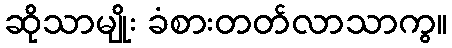
ဆိုသာမျိုး ခံစားတတ်လာသာကွ။